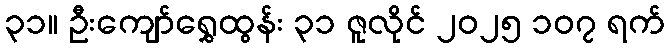
၃၁။ ဦးကျော်ရွှေထွန်း ၃၁ ဇူလိုင် ၂၀၂၅ ၁၀၇ ရက်